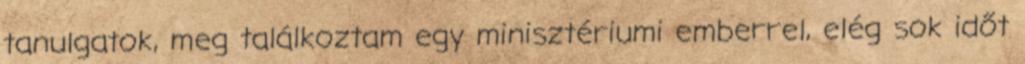
tanulgatok, meg találkoztam egy minisztériumi emberrel, elég sok időt